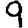
Digit: 9